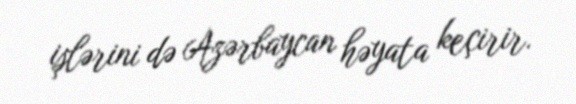
işlərini də Azərbaycan həyata keçirir.